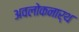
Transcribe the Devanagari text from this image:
अवलोकनार्थ